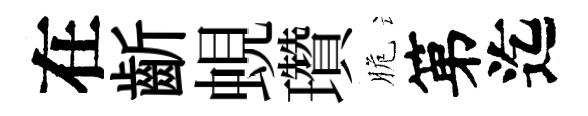
在齗蜆瓚脆第迄